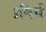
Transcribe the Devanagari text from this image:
॥मिर्च